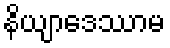
နိယျာဒေဿာမ